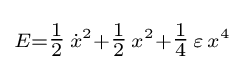
\scriptstyle E={\tfrac {1}{2}}\,{\dot {x}}^{2}+{\tfrac {1}{2}}\,x^{2}+{\tfrac {1}{4}}\,\varepsilon \,x^{4}